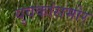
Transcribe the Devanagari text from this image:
युवकांसमोर